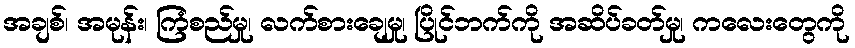
အချစ်၊ အမုန်း၊ ကြံစည်မှု၊ လက်စားချေမှု၊ ပြိုင်ဘက်ကို အဆိပ်ခတ်မှု၊ ကလေးတွေကို